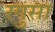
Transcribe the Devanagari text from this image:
रगुसा